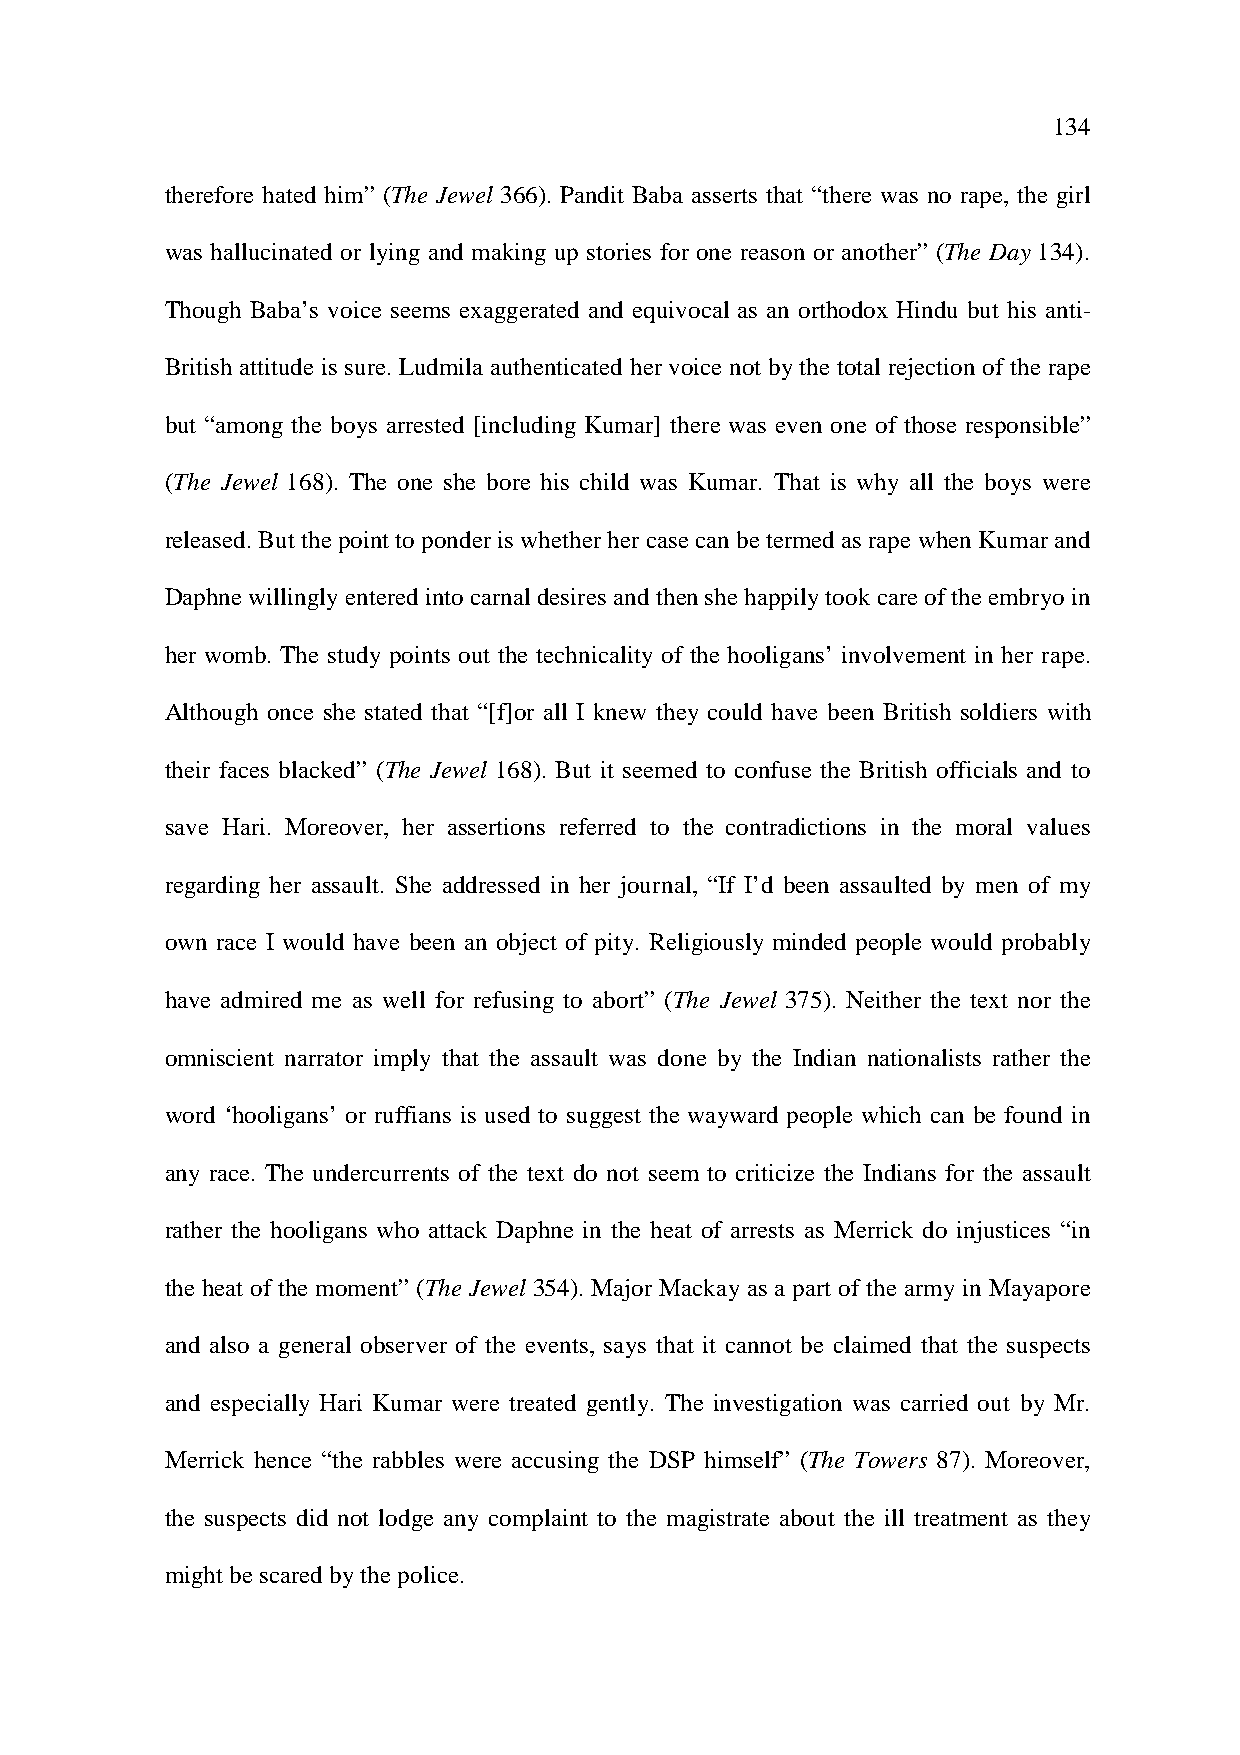
134
 therefore hated him” (The Jewel 366). Pandit Baba asserts that “there was no rape, the girl
 was hallucinated or lying and making up stories for one reason or another” (The Day 134).
 Though Baba’s voice seems exaggerated and equivocal as an orthodox Hindu but his anti-
 British attitude is sure. Ludmila authenticated her voice not by the total rejection of the rape
 but “among the boys arrested [including Kumar] there was even one of those responsible”
 (The Jewel 168). The one she bore his child was Kumar. That is why all the boys were
 released. But the point to ponder is whether her case can be termed as rape when Kumar and
 Daphne willingly entered into carnal desires and then she happily took care of the embryo in
 her womb. The study points out the technicality of the hooligans’ involvement in her rape.
 Although once she stated that “[f]or all I knew they could have been British soldiers with
 their faces blacked” (The Jewel 168). But it seemed to confuse the British officials and to
 save Hari. Moreover, her assertions referred to the contradictions in the moral values
 regarding her assault. She addressed in her journal, “If I’d been assaulted by men of my
 own race I would have been an object of pity. Religiously minded people would probably
 have admired me as well for refusing to abort” (The Jewel 375). Neither the text nor the
 omniscient narrator imply that the assault was done by the Indian nationalists rather the
 word ‘hooligans’ or ruffians is used to suggest the wayward people which can be found in
 any race. The undercurrents of the text do not seem to criticize the Indians for the assault
 rather the hooligans who attack Daphne in the heat of arrests as Merrick do injustices “in
 the heat of the moment” (The Jewel 354). Major Mackay as a part of the army in Mayapore
 and also a general observer of the events, says that it cannot be claimed that the suspects
 and especially Hari Kumar were treated gently. The investigation was carried out by Mr.
 Merrick hence “the rabbles were accusing the DSP himself” (The Towers 87). Moreover,
 the suspects did not lodge any complaint to the magistrate about the ill treatment as they
 might be scared by the police.